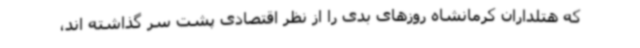
که هتلداران کرمانشاه روزهای بدی را از نظر اقتصادی پشت سر گذاشته اند،